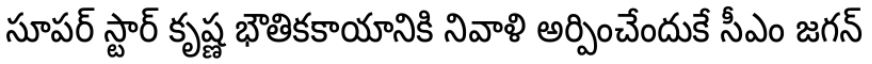
సూపర్ స్టార్ కృష్ణ భౌతికకాయానికి నివాళి అర్పించేందుకే సీఎం జగన్